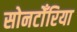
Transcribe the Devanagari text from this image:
सोनटोँरिया